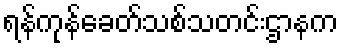
ရန်ကုန်ခေတ်သစ်သတင်းဌာနက